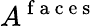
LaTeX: A^{\mathrm{~f~a~c~e~s~}}